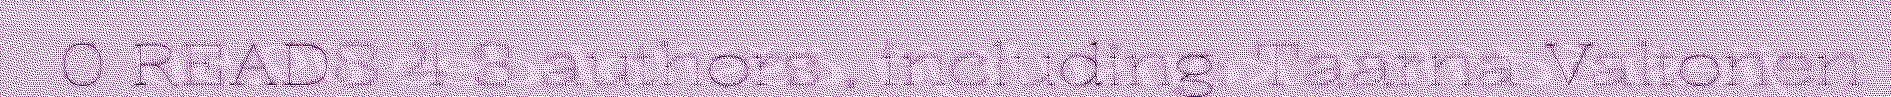
0 READS 4 3 authors , including: Taarna Valtonen